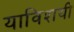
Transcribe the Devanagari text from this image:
याविशयी